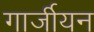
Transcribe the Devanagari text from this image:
गार्जीयन